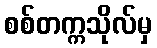
စစ်တက္ကသိုလ်မှ